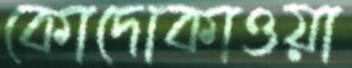
কোদোকাওয়া